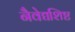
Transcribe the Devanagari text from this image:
नैवेद्यशिष्ट